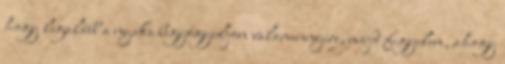
hogy legalább a nyaka begyógyuljon valamennyire, majd figyelem, ahogy